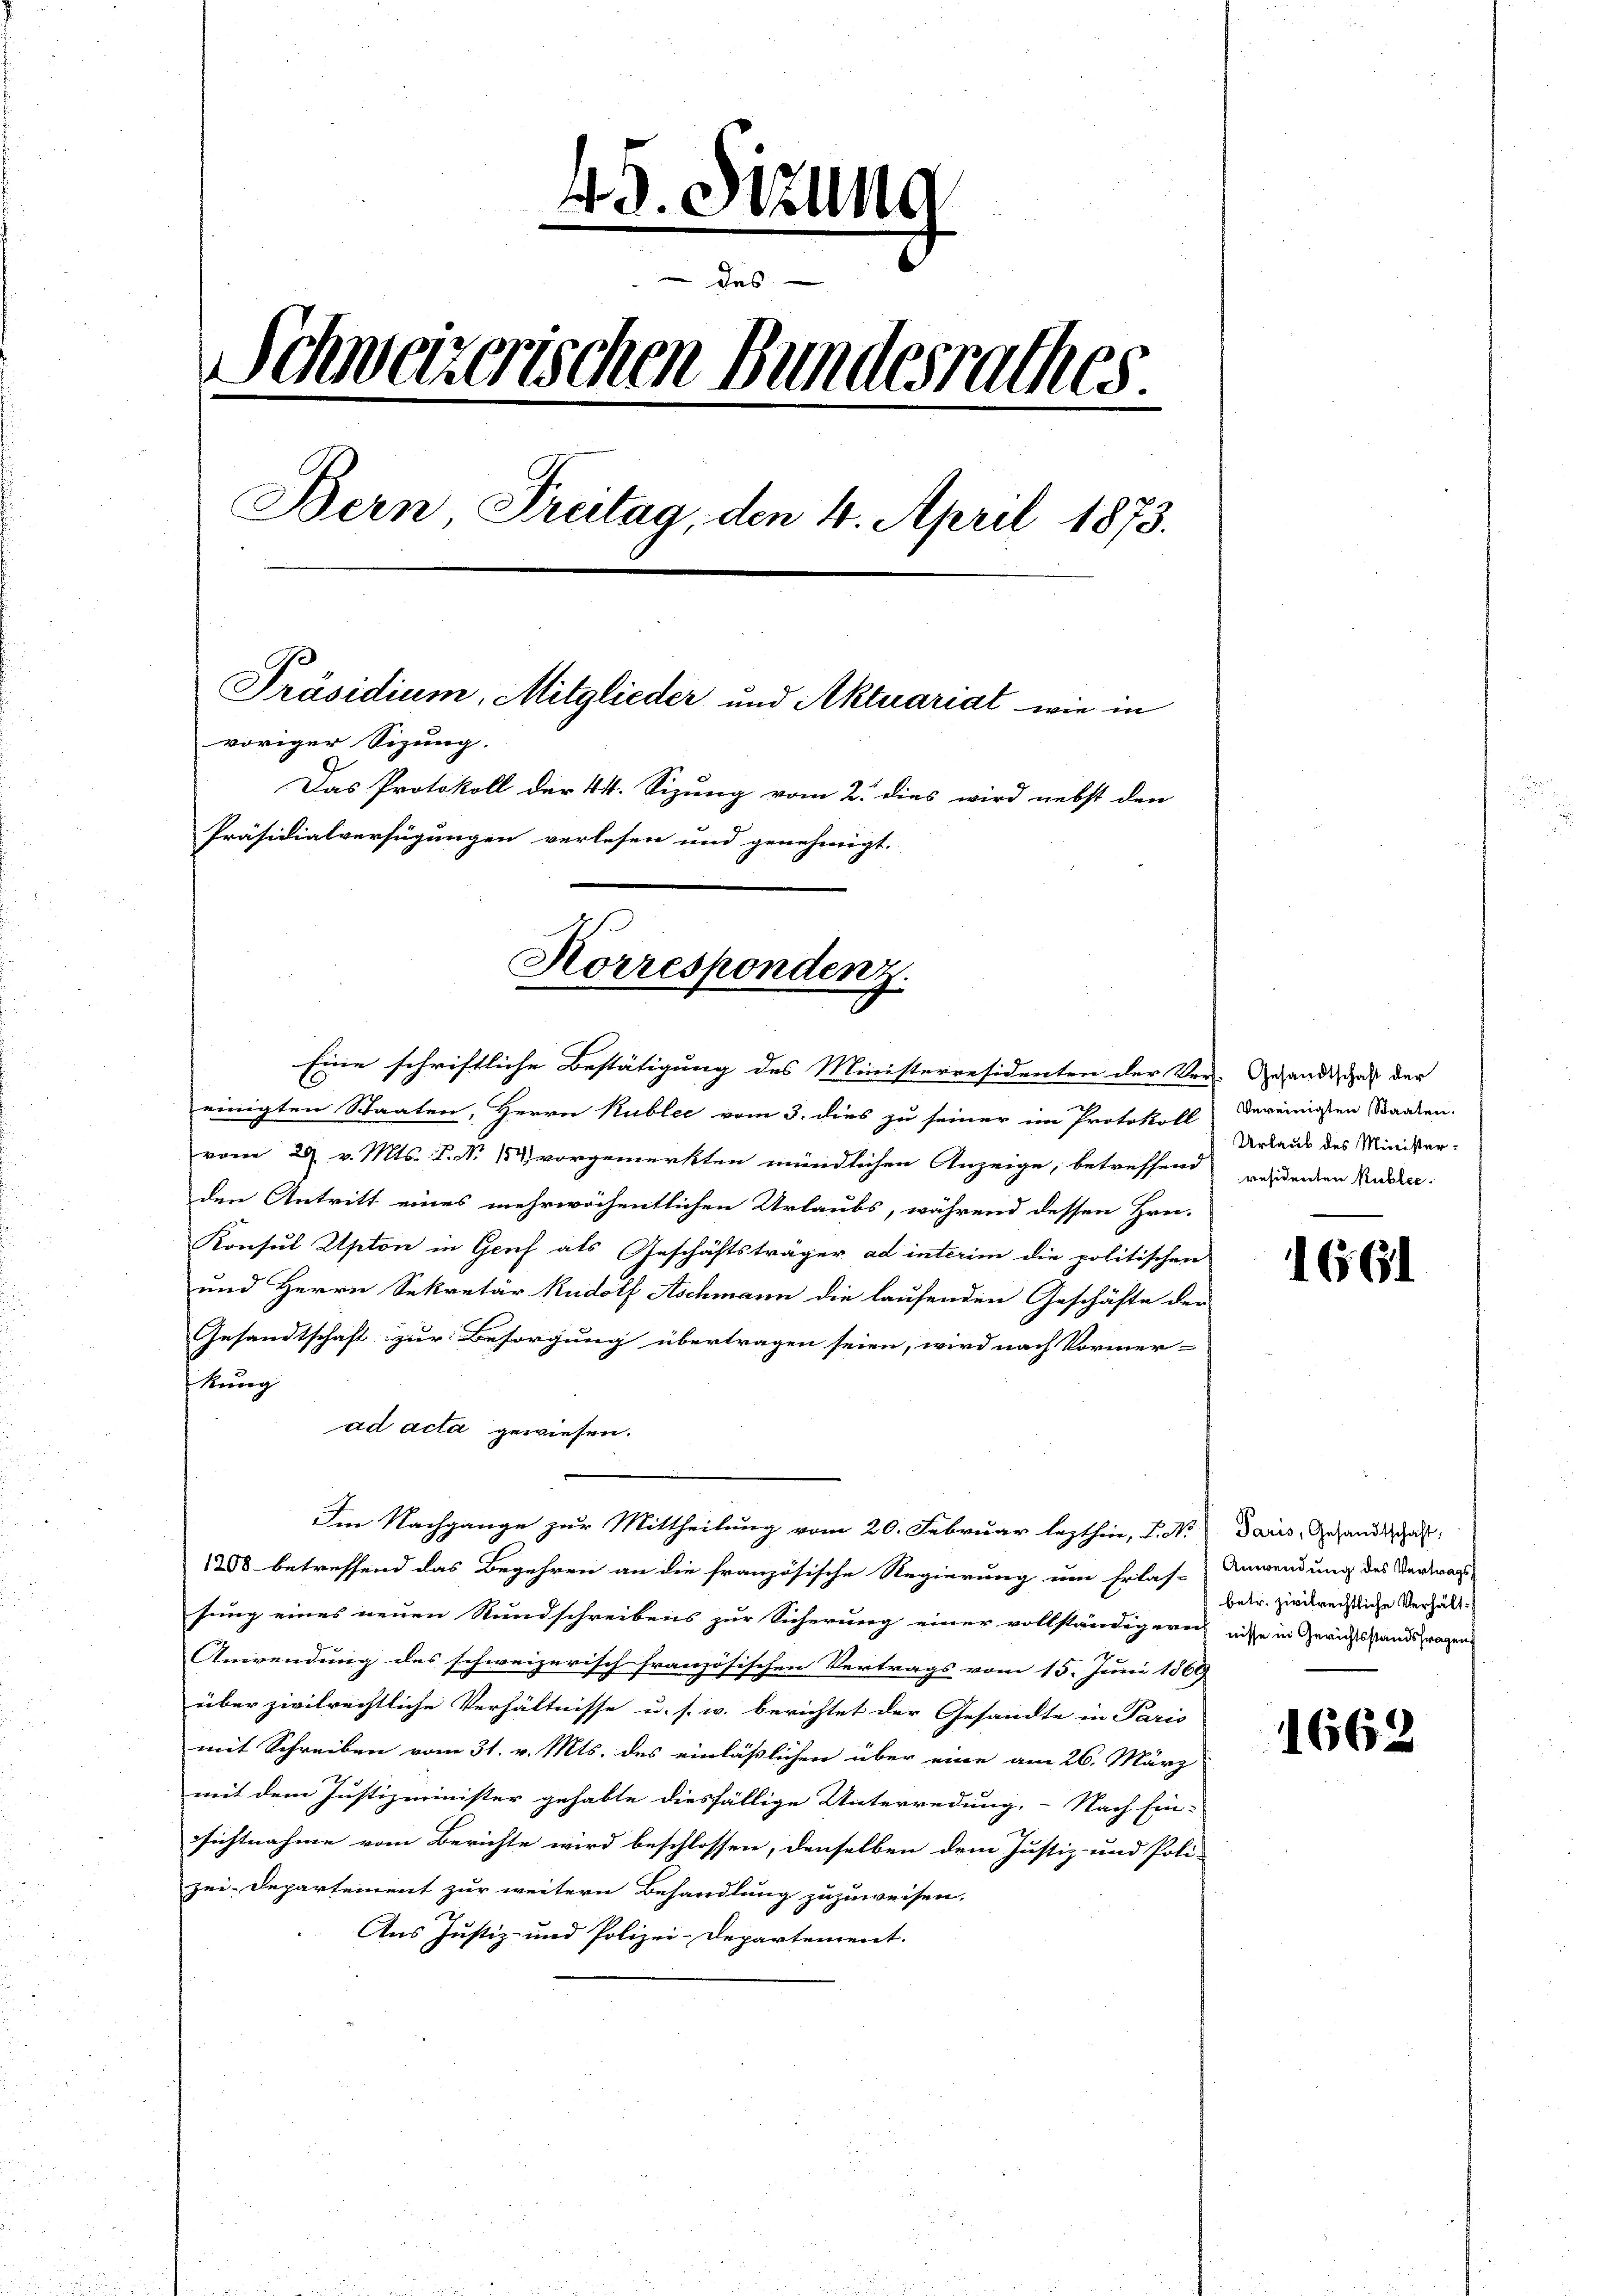
49. Sitzung
Das
Schweizerischen Bundesrathes
Bern Freitag, den 4. April 1873.
Präsidium, Mitglieder und Aktuariat wie in
voriger Sizung.
Das Protokoll der 44. Sizung vom 2. dies wird nebst den
Präsidialverfügungen verlesen und genehmigt.
Korrespondenz.

einigten Staaten, Herrn Kublee vom 3. dies zu seiner im Protokoll
vom 28. v. Mts. P. Nr. 1 vorgemerkten mündlichen Anzeige, betreffend
den Antritt eines mehrwöchentlichen Urlaubs, während dessen Hrn.
Konsul Apton in Genf als Geschäftsträger ad interim die politischen
und Herrn Sekretär Rudolf Aschmann die laufenden Geschäfte der
Gesandtschaft zur Besorgung übertragen seien, wird nach Vormer-
kung
ad acta gewiesen.
Im Nachgange zur Mittheilung vom 20. Februar lezthin, L. No daris, Gesandtag
1200 betreffend das Begehren an die französische Regierung um Erlas-Anwendung des Vertrags,
sung eines neuen Rundschreibens zur Sicherung einer vollständigerenisse in Gerichtsstandsragen
Anwendung des schweizerisch französischen Vertrags vom 15. Juni 1869
über zivilrechtliche Verhältnisse u. s. w. berichtet der Gesandte in Paris
mit Schreiben vom 31. v. Mts. des einläßlichen über eine am 26. März
mit dem Justizminister gehabte diesfällige Unterredung. Nach Ein-
sichtnahme vom Berichte wird beschlossen, denselben dem Justiz- und Poli-
zei-Departement zur weitern Behandlung zuzuweisen.
Aus Justiz- und Polizei-Departement.

Eine schriftliche Bestätigung des Ministerresidenten der Ver- Gesandtschaft der

Vereinigten Staaten.
Urlaub des Ministerresidenten Public.

1661

betr. zivilrechtliche Verhält¬

1662